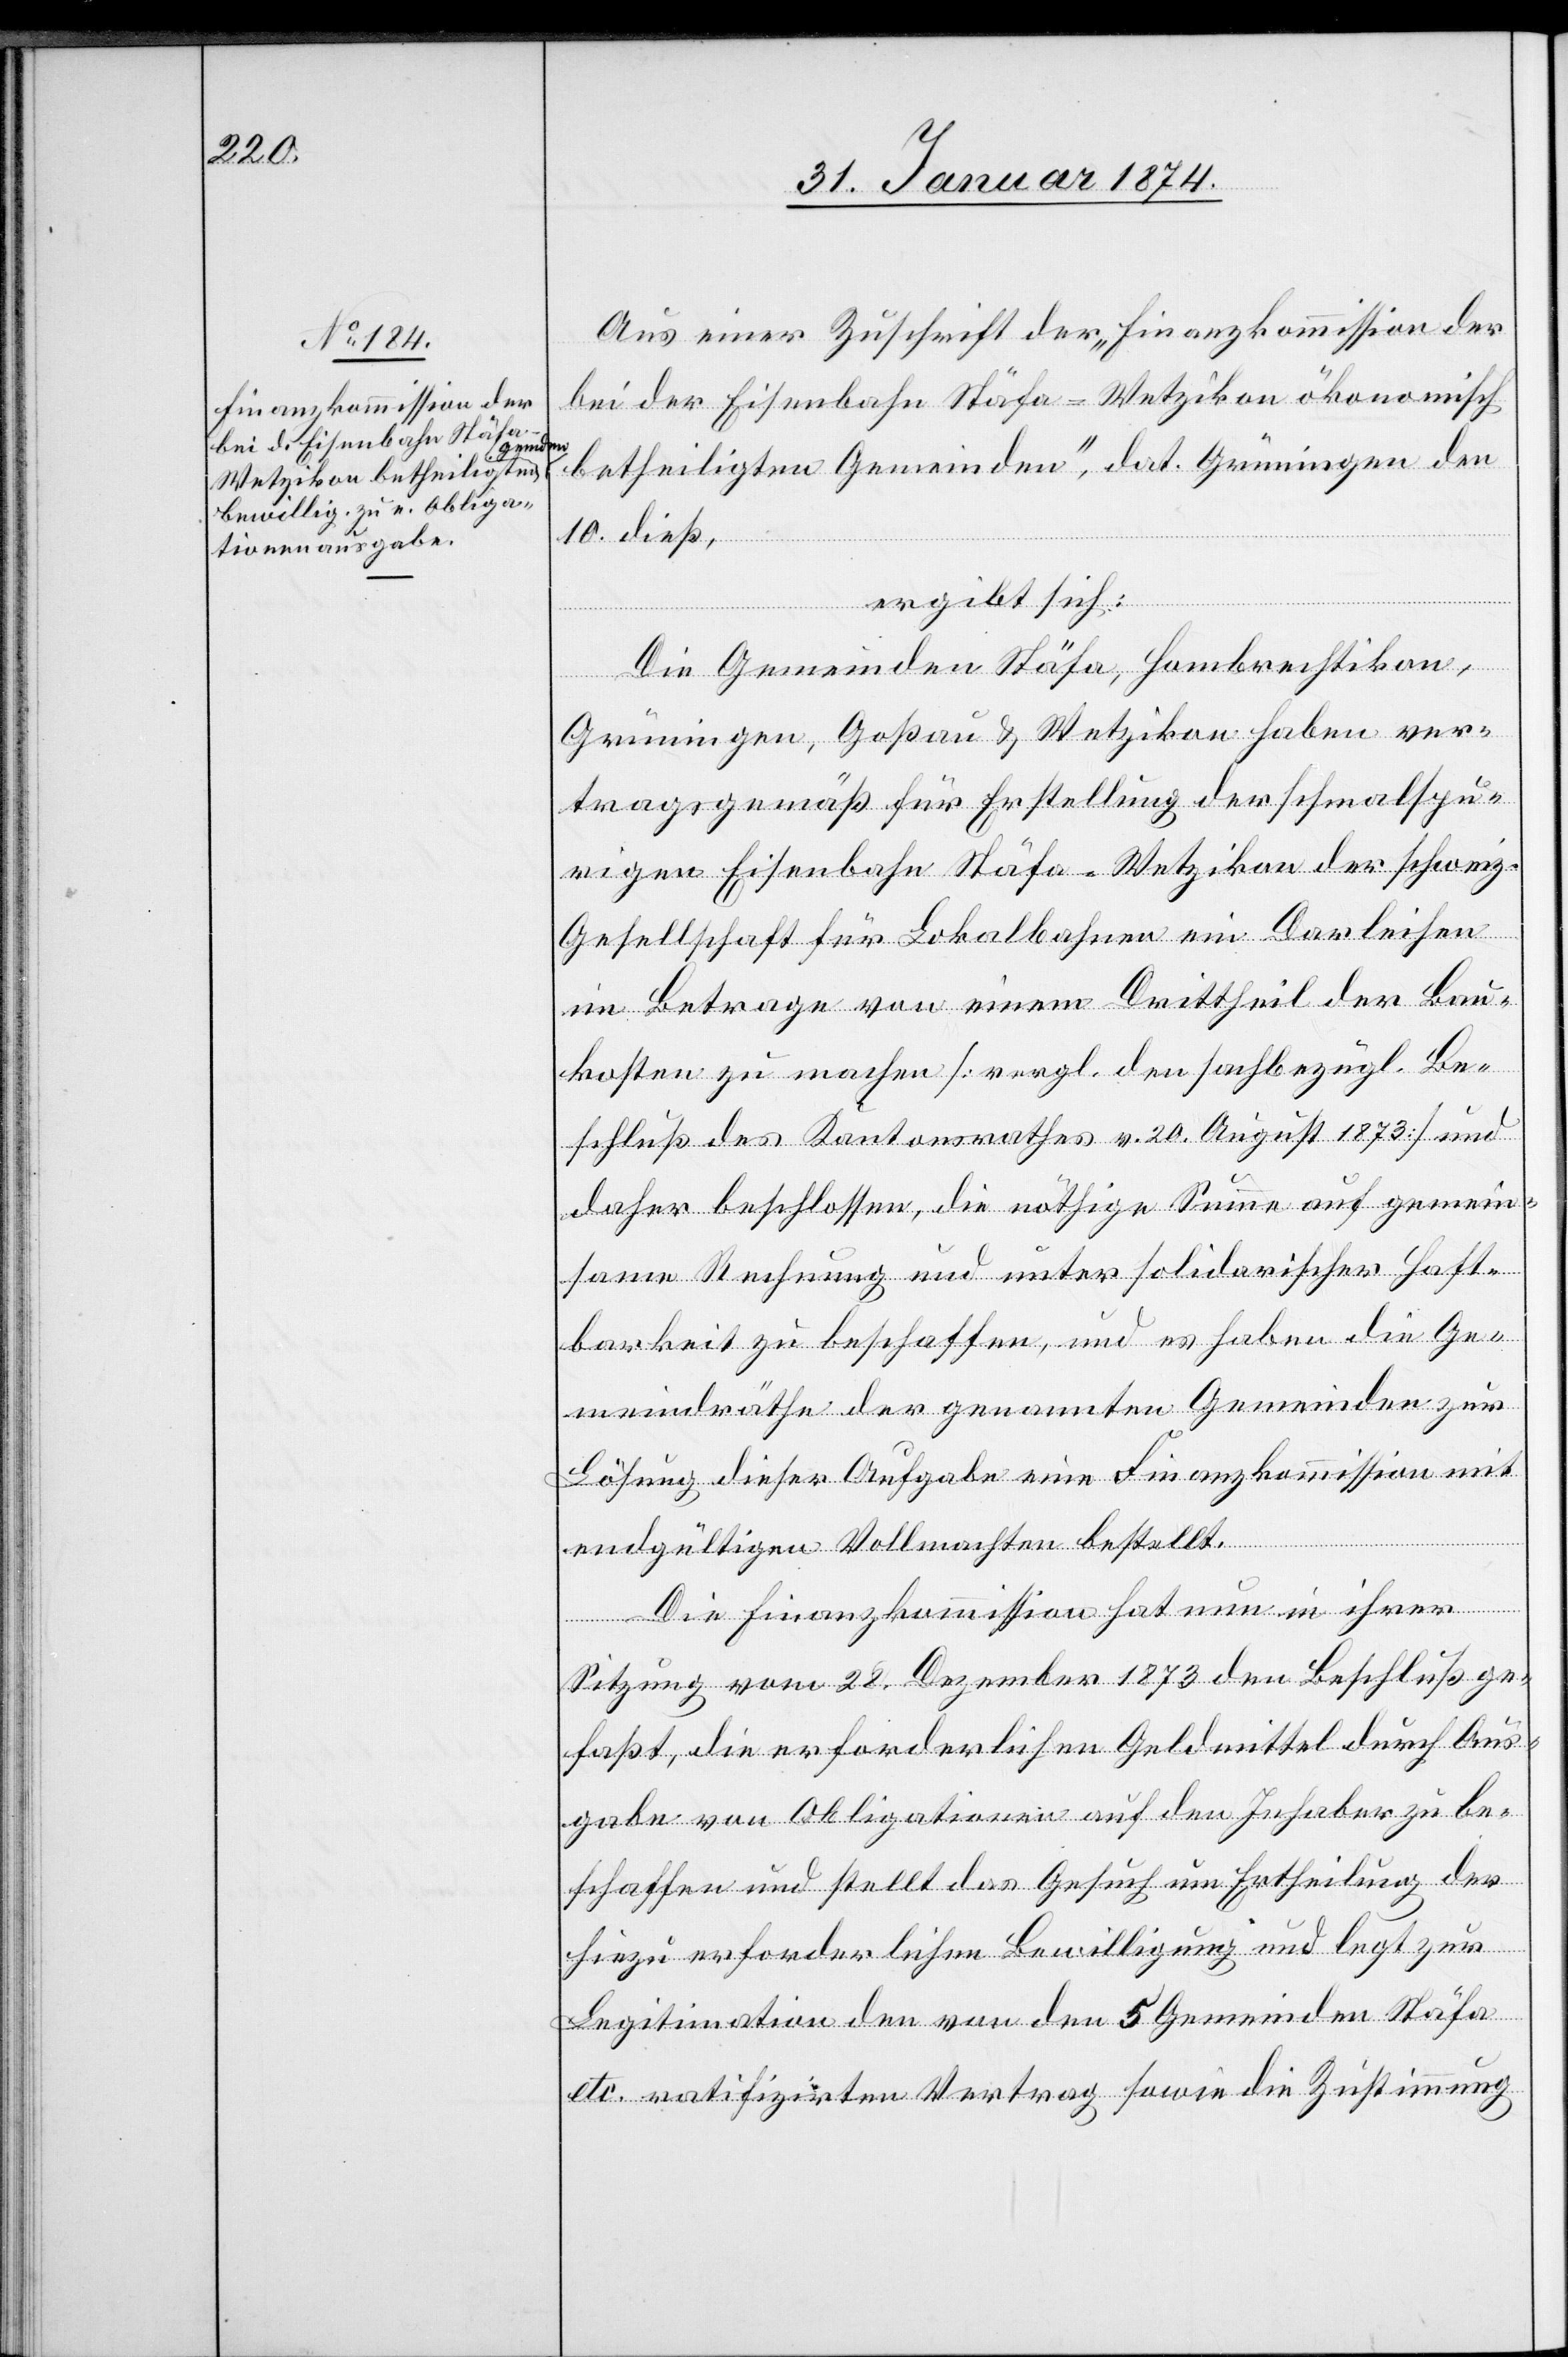
Aus einer Zuschrift der „Finanzkommission der
bei der Eisenbahn Stäfa-Wetzikon ökonomisch
betheiligten Gemeinden“, dat. Grüningen den
10. dieß,
ergibt sich:
Die Gemeinden Stäfa, Hombrechtikon,
Grüningen, Goßau & Wetzikon haben ver¬
tragsgemäß für Erstellung der schmalspu¬
rigen Eisenbahn Stäfa-Wetzikon der schweiz.
Gesellschaft für Lokalbahnen ein Darleihen
im Betrage von einem Drittheil der Bau¬
kosten zu machen [vergl. den sachbezügl. Be¬
schluß des Kantonsrathes v. 20. August 1873] und
daher beschlossen, die nöthige Summe auf gemein¬
same Rechnung und unter solidarischer Haft¬
barkeit zu beschaffen, und es haben die Ge¬
meindräthe der genannten Gemeinden zur
Lösung dieser Aufgabe eine Finanzkommission mit
endgültigen Vollmachten bestellt.
Die Finanzkommission hat nun in ihrer
Sitzung vom 28. Dezember 1873 den Beschluß ge¬
faßt, die erforderlichen Geldmittel durch Aus¬
gabe von Obligationen auf den Inhaber zu be¬
schaffen und stellt das Gesuch um Ertheilung der
hiezu erforderlichen Bewilligung und legt zur
Legitimation den von den 5 Gemeinden Stäfa
etc. ratifizirten Vertag sowie die Zustimmung